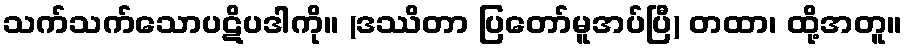
သက်သက်သောပဋိပဒါကို။ (ဒဿိတာ ပြတော်မူအပ်ပြီ) တထာ၊ ထို့အတူ။